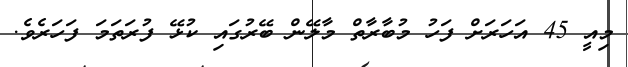
މިއީ 45 އަހަރަށް ފަހު މުބާރާތް މާލޭން ބޭރުގައި ކުޅޭ ފުރަތަމަ ފަހަރެވެ.